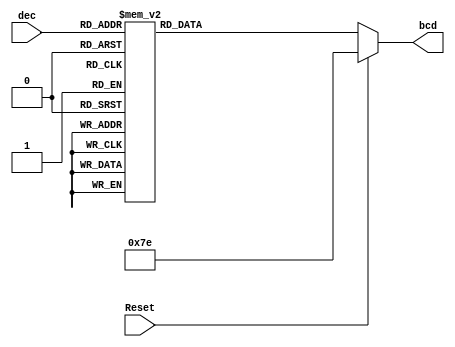
module sevenSeg(Reset,dec,bcd);
	input [3:0]dec;
	input Reset;
	output reg [6:0] bcd;

always@(dec or Reset)
begin 

if(Reset)
bcd = 7'b1111110;   // 0 when reset
else

case(dec)

4'b0000 :  bcd =7'b1111110; 
4'b0001 :  bcd = 7'b0110000; 
4'b0010 : bcd = 7'b1101101; 
4'b0011 : bcd = 7'b1111001; 
4'b0100 : bcd = 7'b0110011; 
4'b0101 : bcd = 7'b1011011;
4'b0110 : bcd = 7'b1011111;
4'b0111 : bcd = 7'b1110000;
4'b1000 : bcd =7'b1111111; 
4'b1001 : bcd =7'b1111011; 

default : bcd = 7'b1111110; //0 default  
endcase 
end


endmodule